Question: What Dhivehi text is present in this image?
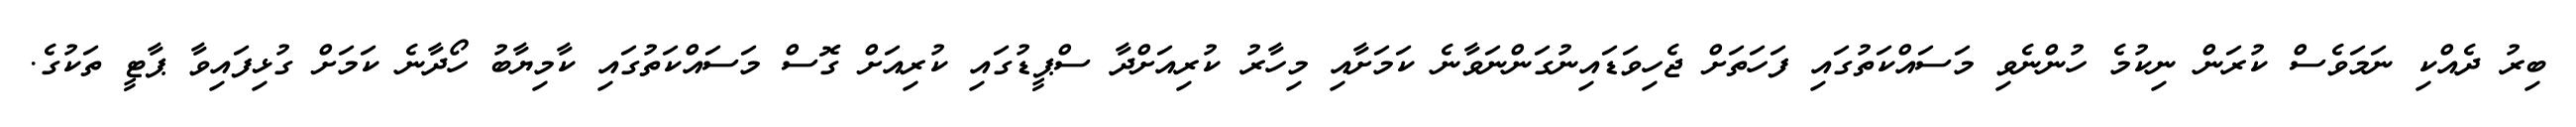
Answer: ބިރު ދެއްކި ނަމަވެސް ކުރަން ނިކުމެ ހުންނެވި މަސައްކަތުގައި ފަހަތަށް ޖެހިވަޑައިނުގަންނަވާނެ ކަމަށާއި މިހާރު ކުރިއަށްދާ ސްޕީޑުގައި ކުރިއަށް ގޮސް މަސައްކަތުގައި ކާމިޔާބު ހޯދާނެ ކަމަށް ގުޅިފައިވާ ޕާޓީ ތަކުގެ.